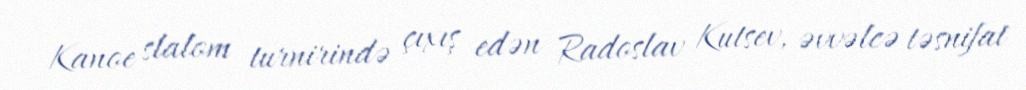
Kanoe slalom turnirində çıxış edən Radoslav Kutsev, əvvəlcə təsnifat